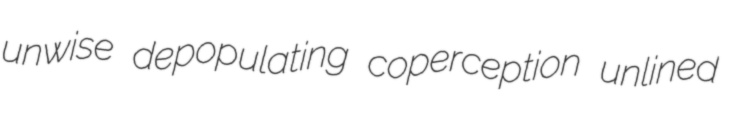
unwise depopulating coperception unlined